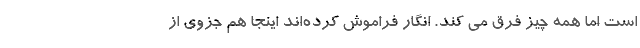
است اما همه چیز فرق می کند. انگار فراموش کرده‌اند اینجا هم جزوی از